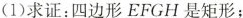
(1)求证：四边形EFGH是矩形；